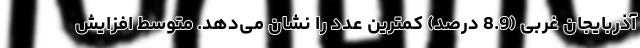
آذربایجان غربی (8.9 درصد) کمترین عدد را نشان می‌دهد. متوسط افزایش